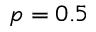
p = 0 . 5